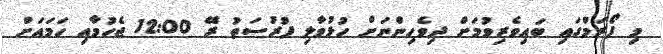
މި ފޯރަމްގައި ބައިވެރިވުމަށް ދިވެހިންނަށް ހުޅުވާލި ފުރުސަތު ރޭ 12:00 ޖެހުމާއި ހަމައަށް